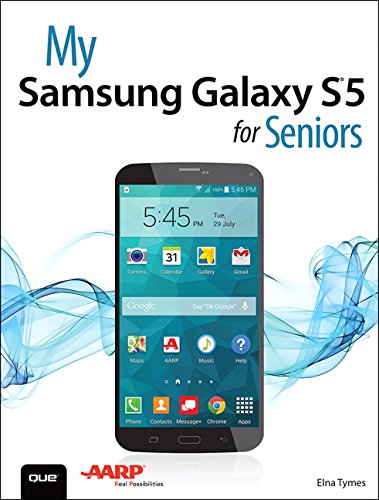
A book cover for My Samsung Galaxy S5 for Seniors; Elna Tymes; Computers & Technology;